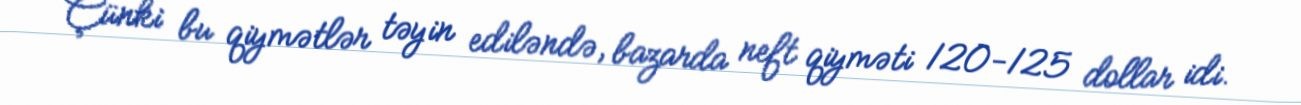
Çünki bu qiymətlər təyin ediləndə, bazarda neft qiyməti 120-125 dollar idi.